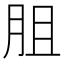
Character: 䏣